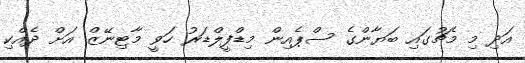
އަދި މި މެޗުގައި ބަޔާންގެ ސްޕެއިން މިޑްފީލްޑަރު ހަވީ މާޓިނޭޒް އަށް ދެއްކި